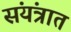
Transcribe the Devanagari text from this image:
संयंत्रात